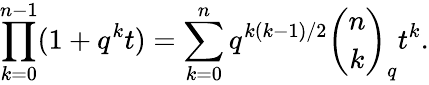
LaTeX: \prod_{k=0}^{n-1}(1+q^{k}t)=\sum_{k=0}^{n}q^{k(k-1)/2}{\binom{n}{k}}_{q}t^{k}.